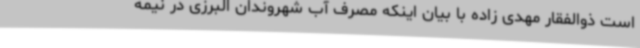
است ذوالفقار مهدی زاده با بیان اینکه مصرف آب شهروندان البرزی در نیمه